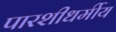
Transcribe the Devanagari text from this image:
पारशीधर्मीय